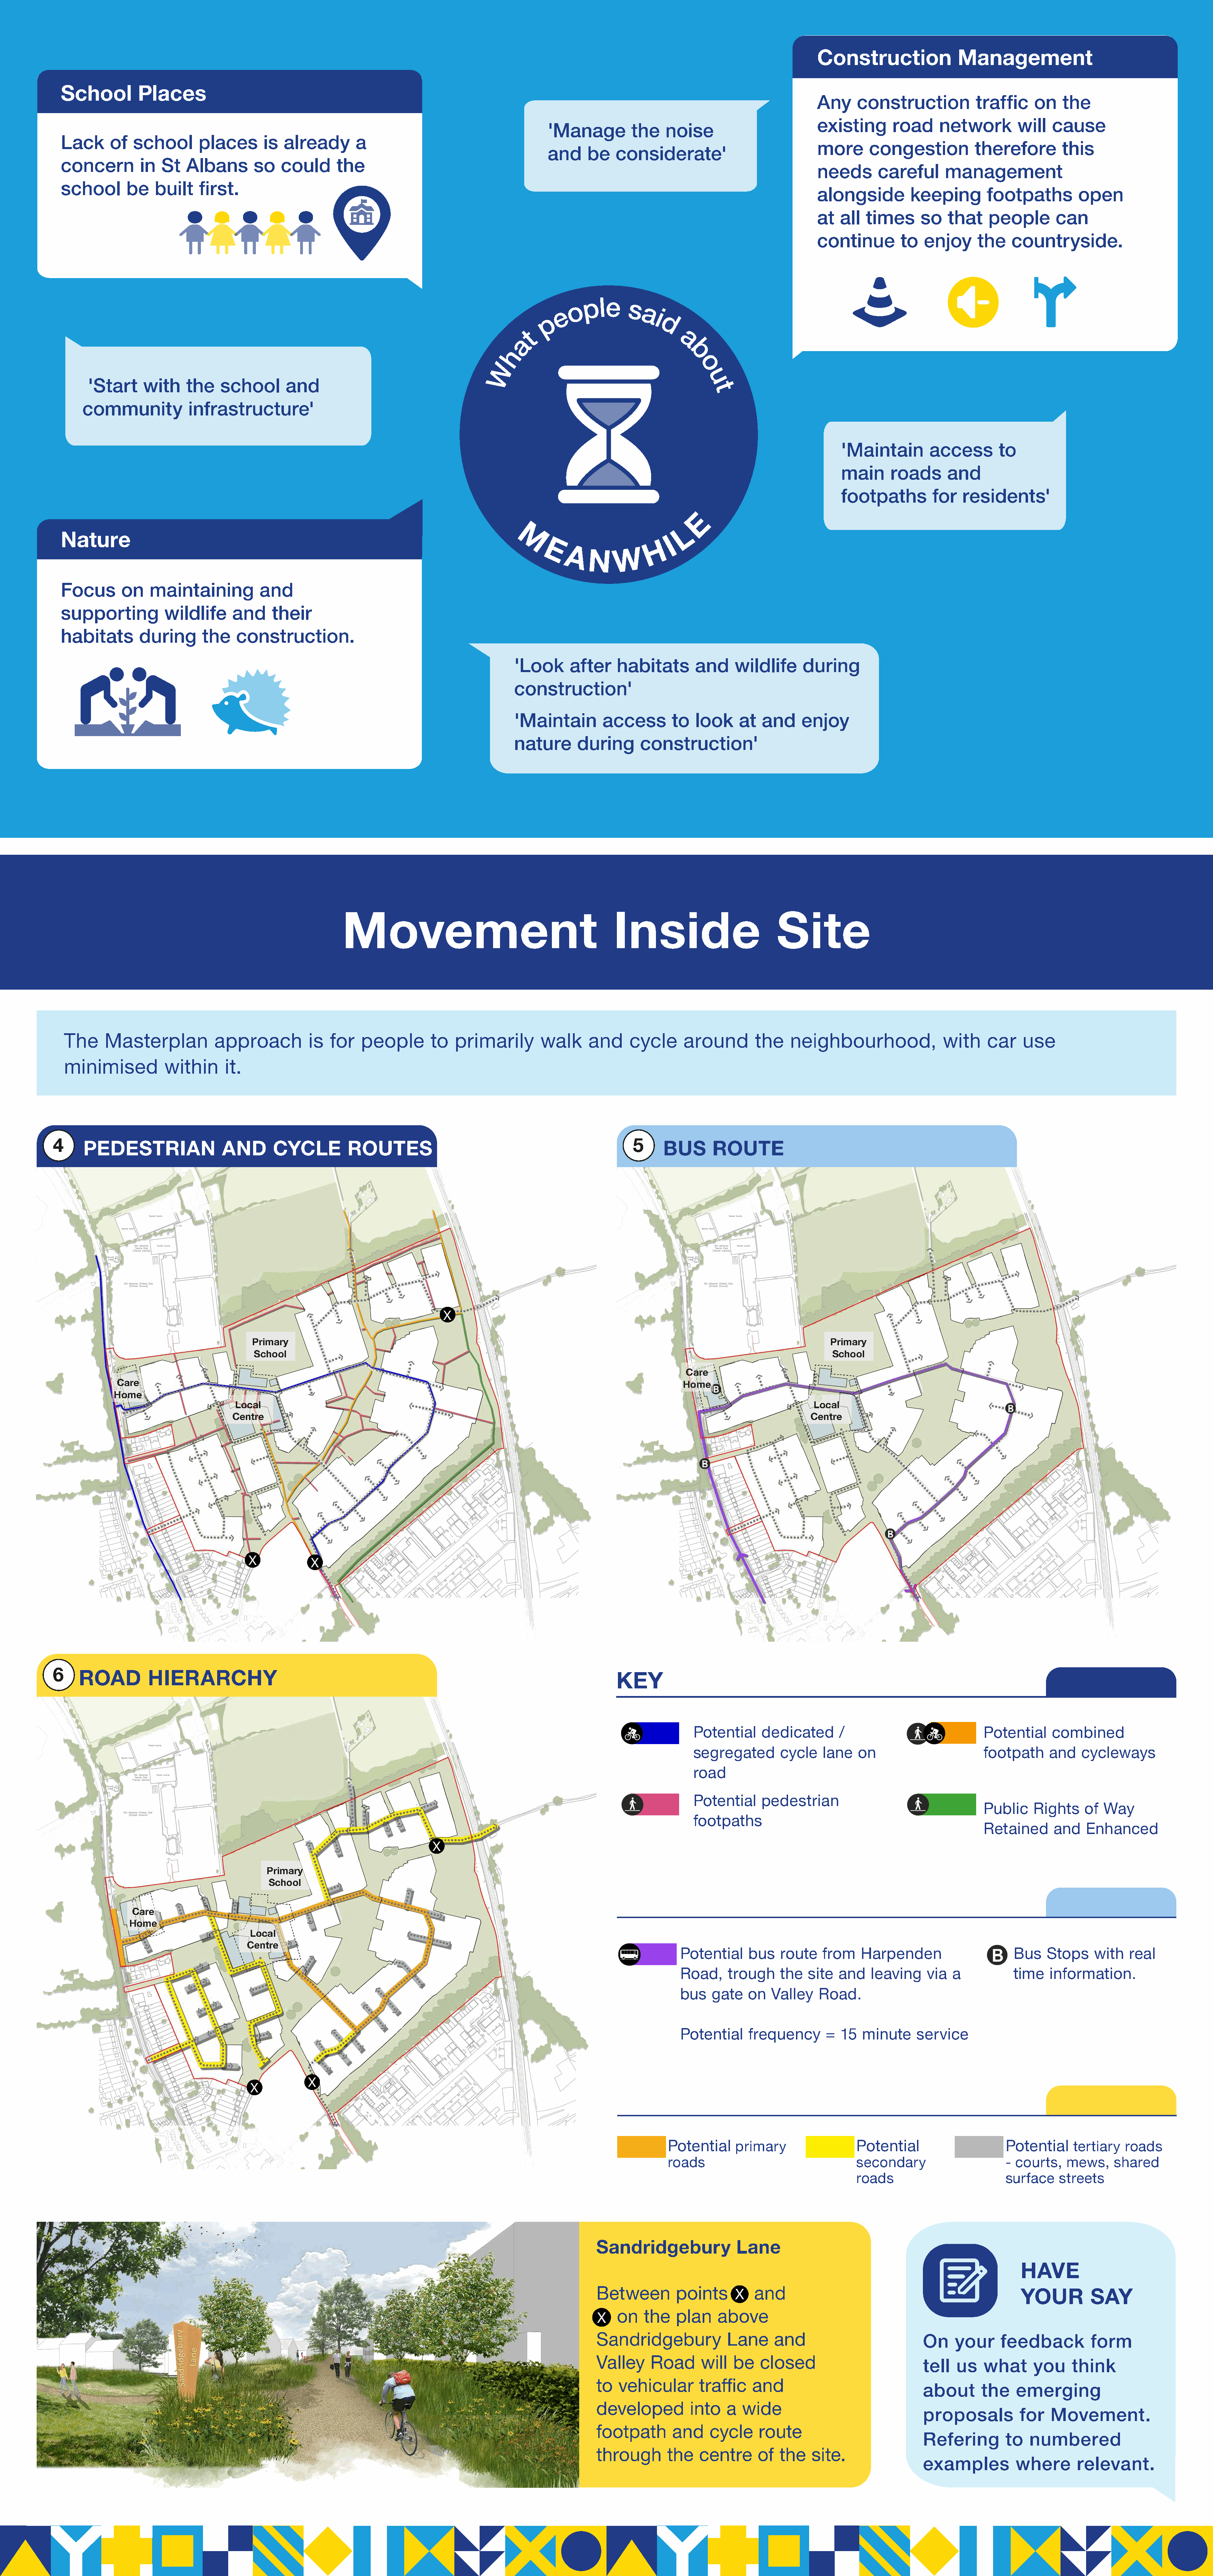
Construction               Management
 School        Places
 Any     construction           traffic    on   the
 existing       road     network        will  cause
 'Manage         the   noise
 Lack     of  school       places      is  already       a
 more      congestion           therefore       this
 and    be    considerate'
 concern        in  St   Albans       so   could     the
 needs       careful      management
 school      be    built   first.
 alongside         keeping        footpaths        open
 at   all  times     so   that    people       can
 continue        to   enjoy     the    countryside.
 o
 p  le
 s
 e              a
 i
 p
 d
 t
 a                             a
 h                                 b
 W                                     o
 u
 'Start    with     the   school       and
 t
 community           infrastructure'
 'Maintain        access       to
 main     roads      and
 footpaths         for  residents'
 E
 L
 Nature
 M                              I
 H
 E
 AN         W
 Focus      on    maintaining          and
 supporting         wildlife     and     their
 habitats       during      the   construction.
 'Look      after    habitats       and     wildlife     during
 construction'
 'Maintain        access        to  look    at   and    enjoy
 nature      during       construction'
 Movement                                           Inside                          Site
 The     Masterplan           approach          is  for   people       to   primarily       walk      and     cycle     around        the   neighbourhood,                with    car    use
 minimised          within      it.
 4                                                                                                              5
 PEDESTRIAN                 AND      CYCLE          ROUTES                                                      BUS      ROUTE
 X
 Primary                                                                                                        Primary
 School                                                                                                        School
 Care
 Care                                                                                                         Home
 Home
 Local                                                                                                          Local
 Centre                                                                                                         Centre
 X
 X
 6
 ROAD         HIERARCHY
 KEY
 Potential    dedicated      /                          Potential    combined
 segregated      cycle    lane  on                      footpath     and   cycleways
 road
 Potential    pedestrian
 Public    Rights    of Way
 footpaths
 Retained      and   Enhanced
 X
 Primary
 School
 Care
 Home
 Local
 Centre
 Potential    bus   route   from    Harpenden                    Bus   Stops    with   real
 Road,    trough    the   site  and   leaving   via  a           time   information.
 bus   gate   on   Valley   Road.
 Potential    frequency      =  15  minute    service
 X
 X
 Potential    primary                Potential                   Potential     tertiary roads
 roads                               secondary                   - courts,   mews,    shared
 roads                       surface    streets
 Sandridgebury              Lane
 HAVE
 Between        points     x   and
 YOUR          SAY
 x   on   the   plan    above
 X
 Sandridgebury            Lane     and                          On    your     feedback         form
 Valley     Road     will  be   closed                          tell  us   what      you    think
 to  vehicular       traffic   and                              about      the    emerging
 developed         into   a  wide
 proposals         for   Movement.
 footpath       and    cycle    route
 Refering        to  numbered
 through       the   centre     of  the   site.
 examples         where       relevant.